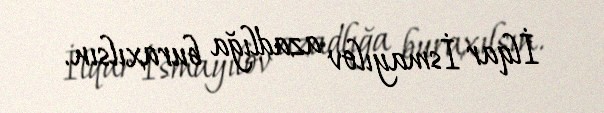
İlqar İsmayılov azadlığa buraxılsın.